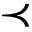
\prec